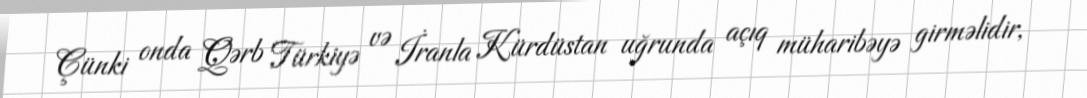
Çünki onda Qərb Türkiyə və İranla Kürdüstan uğrunda açıq müharibəyə girməlidir,